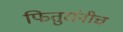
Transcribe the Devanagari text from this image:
फितुरांनीच